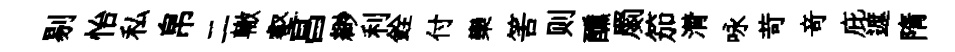
剔怡私帛二轍壑昌緲利銓付欒筈则醺罽笳潸咏苛竒庇遮隋